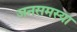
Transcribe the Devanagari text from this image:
जनसमस्या